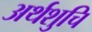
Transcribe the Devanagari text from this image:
अर्थशुचि